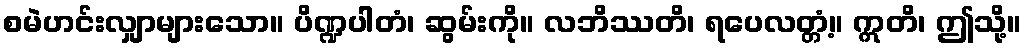
စမဲဟင်းလျှာများသော။ ပိဏ္ဍပါတံ၊ ဆွမ်းကို။ လဘိဿတိ၊ ရပေလတ္တံ့။ ဣတိ၊ ဤသို့။